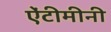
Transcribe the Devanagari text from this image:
ऐंटीमीनी